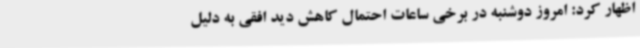
اظهار کرد: امروز دوشنبه در برخی ساعات احتمال کاهش دید افقی به دلیل